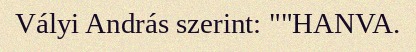
Vályi András szerint: ""HANVA.